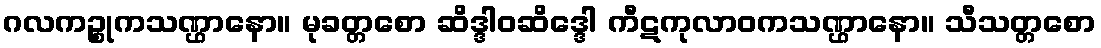
ဂလကဉ္စုကသဏ္ဌာနော။ မုခတ္တစော ဆိဒ္ဒါဝဆိဒ္ဒေါ ကီဋကုလာဝကသဏ္ဌာနော။ သီသတ္တစော